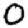
Digit: 0